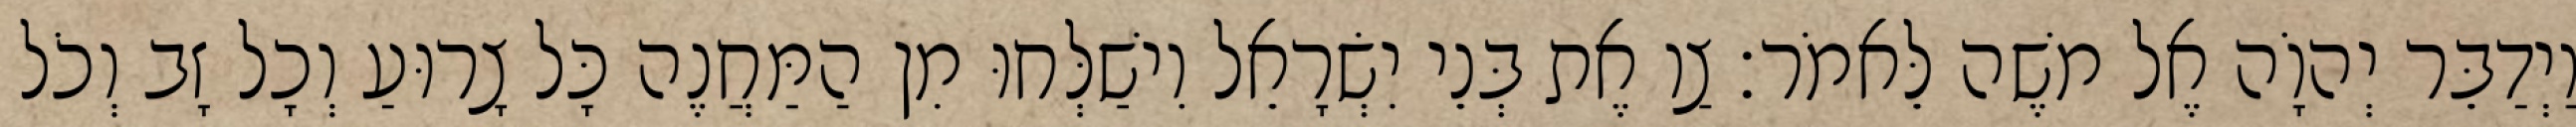
וַיְדַבֵּר יְהוָֹה אֶל משֶׁה לֵּאמֹר׃ צַו אֶת בְּנֵי יִשְׂרָאֵל וִישַׁלְּחוּ מִן הַמַּחֲנֶה כָּל צָרוּעַ וְכָל זָב וְכֹל